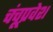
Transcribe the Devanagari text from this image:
चंचूप्रवेश